Annual administration report of the Civil Veterinary Department of India - 1901-1902
Year: 1901
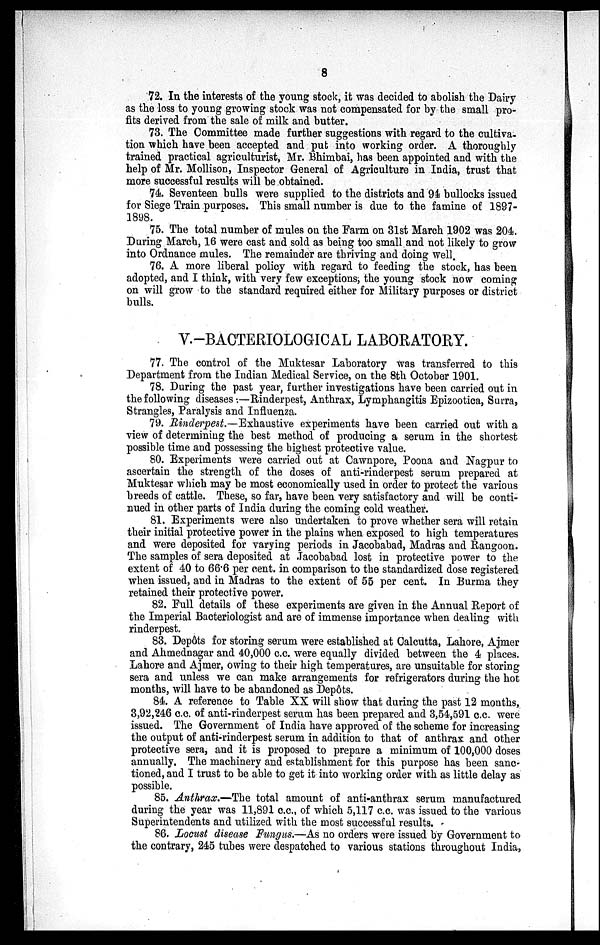
8
72. In the interests of the young stock, it was decided to abolish the Dairy
as the loss to young growing stock was not compensated for by the small pro-
fits derived from the sale of milk and butter.
73. The Committee made further suggestions with regard to the cultiva-
tion which have been accepted and put into working order. A thoroughly
trained practical agriculturist, Mr. Bhimbai, has been appointed and with the
help of Mr. Mollison, Inspector General of Agriculture in India, trust that
more successful results will be obtained.
74. Seventeen bulls were supplied to the districts and 94 bullocks issued
for Siege Train purposes. This small number is due to the famine of 1897-
1898.
75. The total number of mules on the Farm on 31st March 1902 was 204.
During March, 16 were cast and sold as being too small and not likely to grow
into Ordnance mules. The remainder are thriving and doing well.
76. A more liberal policy with regard to feeding the stock, has been
adopted, and I think, with very few exceptions; the young stock now coming
on will grow to the standard required either for Military purposes or district
bulls.
V.-BACTERIOLOGICAL LABORATORY.
77. The control of the Muktesar Laboratory was transferred to this
Department from the Indian Medical Service, on the 8th October 1901.
78. During the past year, further investigations have been carried out in
the following diseases:—Rinderpest, Anthrax, Lymphangitis Epizootica, Surra,
Strangles, Paralysis and Influenza.
79. Rinderpest.—Exhaustive experiments have been carried out with a
view of determining the best method of producing a serum in the shortest
possible time and possessing the highest protective value.
80. Experiments were carried out at Cawnpore, Poona and Nagpur to
ascertain the strength of the doses of anti-rinderpest serum prepared at
Muktesar which may be most economically used in order to protect the various
breeds of cattle. These, so far, have been very satisfactory and will be conti-
nued in other parts of India during the coming cold weather.
81. Experiments were also undertaken to prove whether sera will retain
their initial protective power in the plains when exposed to high temperatures
and were deposited for varying periods in Jacobabad, Madras and Rangoon.
The samples of sera deposited at Jacobabad lost in protective power to the
extent of 40 to 66.6 per cent. in comparison to the standardized dose registered
when issued, and in Madras to the extent of 55 per cent. In Burma they
retained their protective power.
82. Full details of these experiments are given in the Annual Report of
the Imperial Bacteriologist and are of immense importance when dealing with
rinderpest.
83. Depôts for storing serum were established at Calcutta, Lahore, Ajmer
and Ahmednagar and 40,000 c.c. were equally divided between the 4 places.
Lahore and Ajmer, owing to their high temperatures, are unsuitable for storing
sera and unless we can make arrangements for refrigerators during the hot
months, will have to be abandoned as Depôts.
84. A reference to Table XX will show that during the past 12 months,
3,92,246 c.c. of anti-rinderpest serum has been prepared and 3,54,591 c.c. were
issued. The Government of India have approved of the scheme for increasing
the output of anti-rinderpest serum in addition to that of anthrax and other
protective sera, and it is proposed to prepare a minimum of 100,000 doses
annually. The machinery and establishment for this purpose has been sanc-
tioned, and I trust to be able to get it into working order with as little delay as
possible.
85. Anthrax.—The total amount of anti-anthrax serum manufactured
during the year was 11,891 c.c, of which 5,117 c.c. was issued to the various
Superintendents and utilized with the most successful results.
86. Locust disease Fungus.—As no orders were issued by Government to
the contrary, 245 tubes were despatched to various stations throughout India,